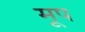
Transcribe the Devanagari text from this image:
मूप